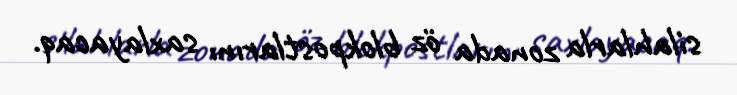
silahlarla zonada öz blokpostlarını saxlayacaq.